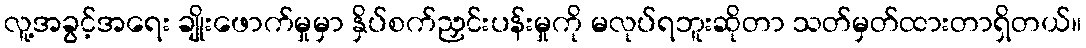
လူ့အခွင့်အရေး ချိုးဖောက်မှုမှာ နှိပ်စက်ညှင်းပန်းမှုကို မလုပ်ရဘူးဆိုတာ သတ်မှတ်ထားတာရှိတယ်။